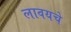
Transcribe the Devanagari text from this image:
लावयचे